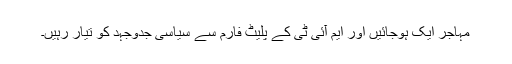
مہاجر ایک ہوجائیں اور ایم آئی ٹی کے پلیٹ فارم سے سیاسی جدوجہد کو تیار رہیں۔